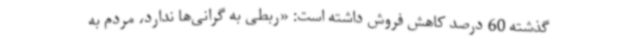
گذشته 60 درصد کاهش فروش داشته است: «ربطی به گرانی‌ها ندارد، مردم به